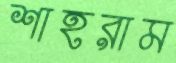
শাহরাম